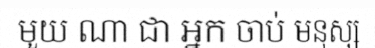
មួយ ណា ជា អ្នក ចាប់ មនុស្ស